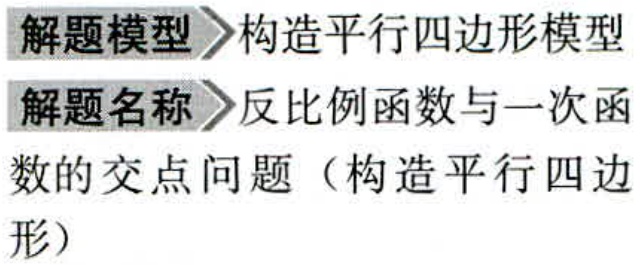
解题模型 \(\rhd\) 构造平行四边形模型
解题名称 \(\rhd\) 反比例函数与一次函数的交点问题（构造平行四边形）